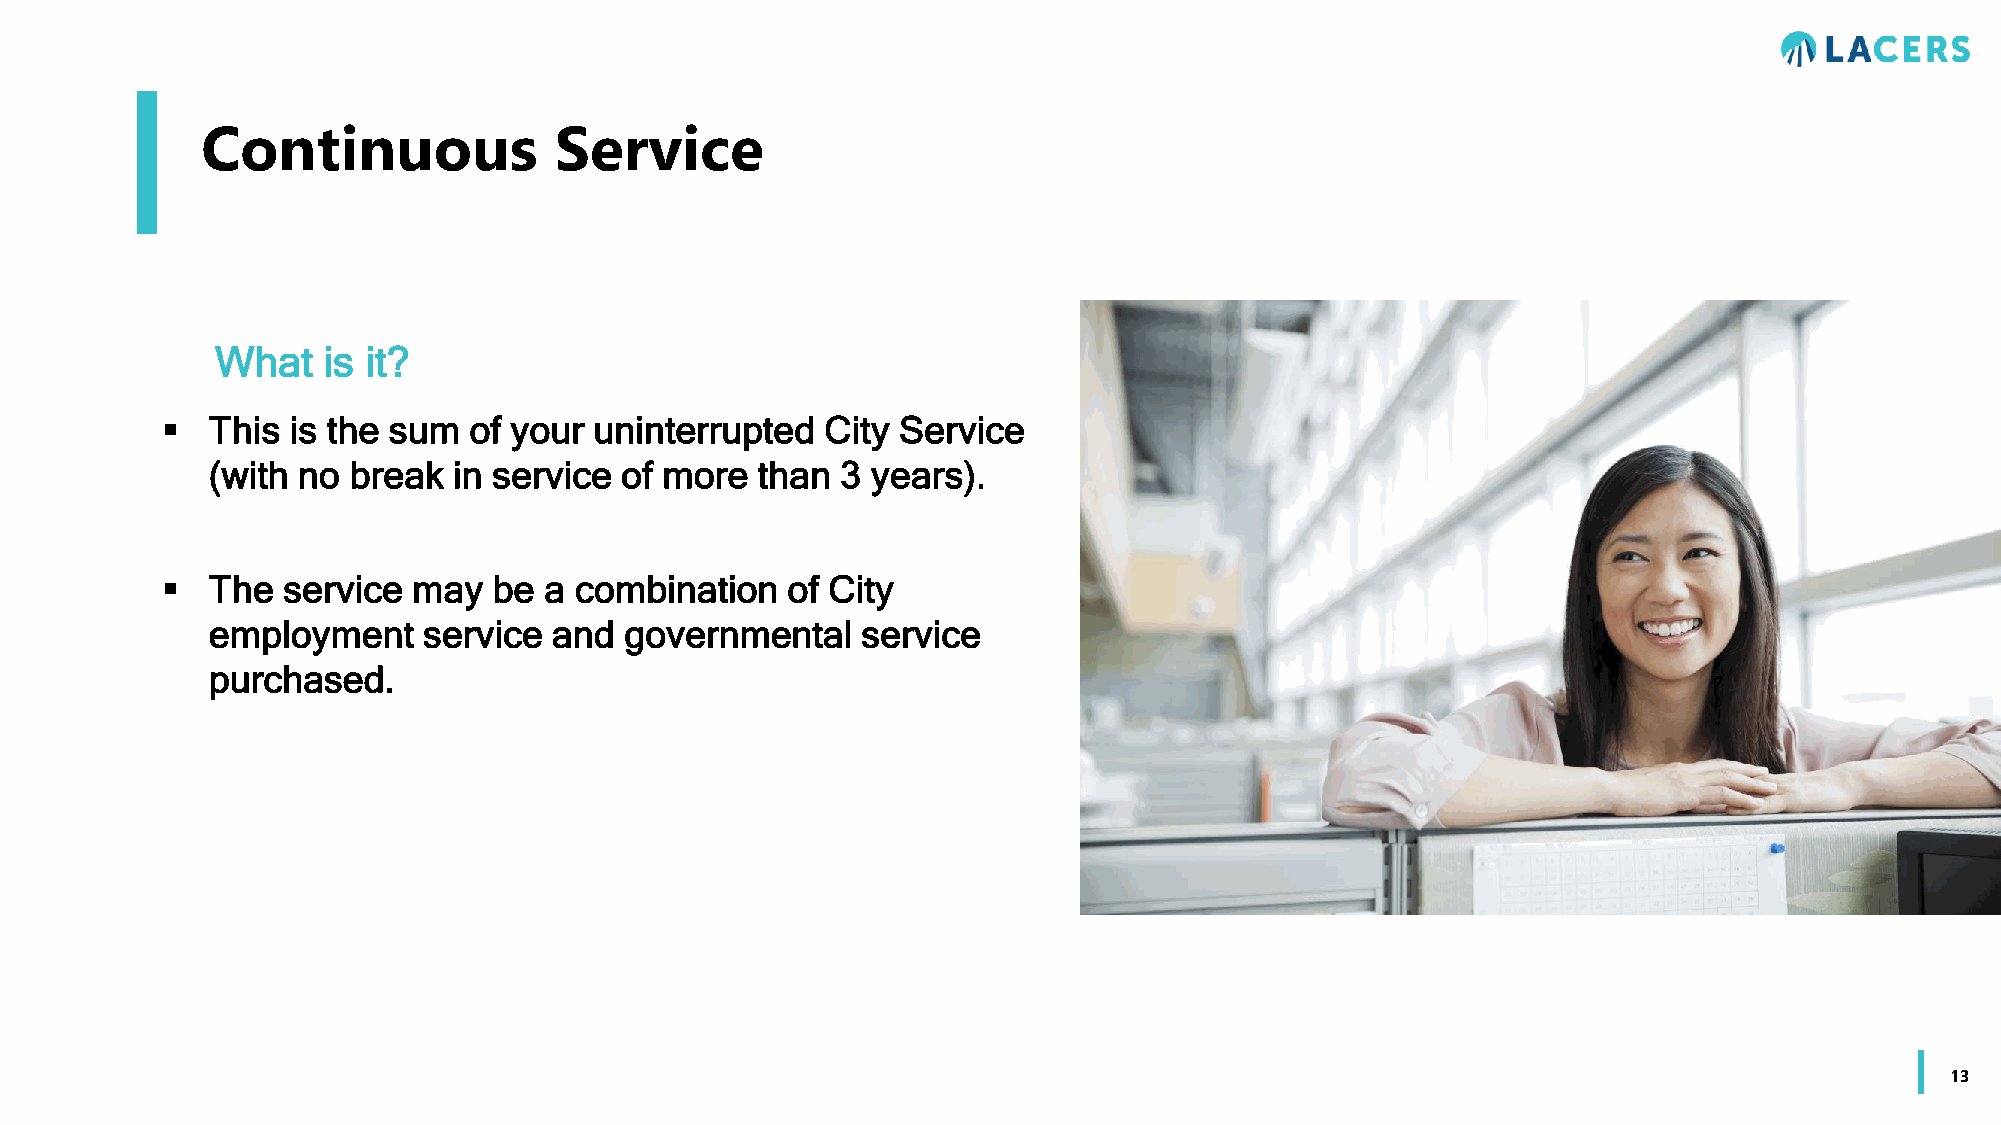
Continuous              Service
 What   is it?
   This is the sum  of your uninterrupted   City Service
 (with no break  in service of more  than  3 years).
   The  service may   be a combination   of City
 employment    service  and governmental    service
 purchased.
 13